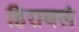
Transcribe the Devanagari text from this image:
हिरावलं